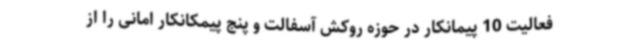
فعالیت 10 پیمانکار در حوزه روکش آسفالت و پنج پیمکانکار امانی را از